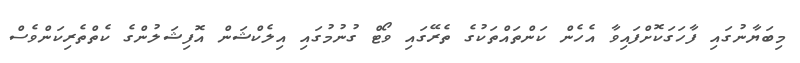
މިބަޔާނުގައި ފާހަގަކޮށްފައިވާ އެހެން ކަންތައްތަކުގެ ތެރޭގައި ވޯޓް ގުނުމުގައި އިލެކްޝަން އޮފިޝަލުންގެ ކެތްތެރިކަންވެސް